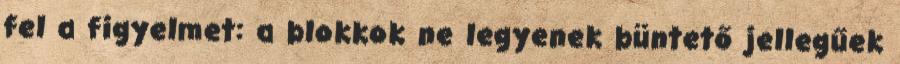
fel a figyelmet: a blokkok ne legyenek büntető jellegűek